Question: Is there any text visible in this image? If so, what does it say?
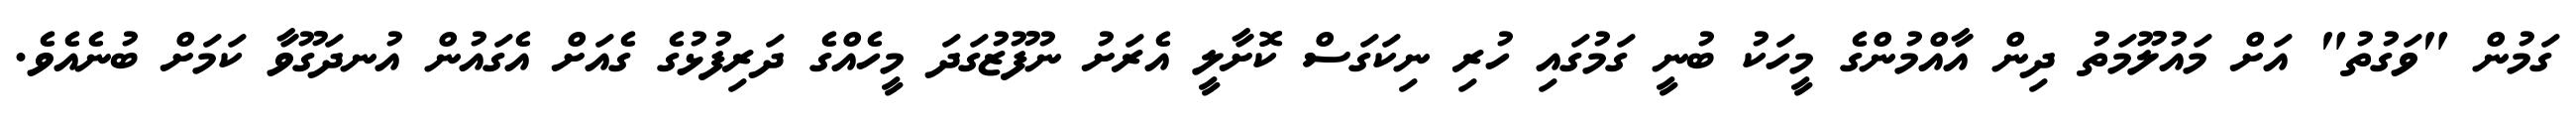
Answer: ގަމުން "ވަގުތު" އަށް މައުލޫމަތު ދިން އާއްމުންގެ މީހަކު ބުނީ ގަމުގައި ހުރި ނިކަގަސް ކޮށާލީ އެރަށު ނުފޫޒުގަދަ މީހެއްގެ ދަރިފުޅުގެ ގެއަށް އެގައުން އުނދަގޫވާ ކަމަށް ބުނެއެވެ.